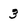
Character: 3